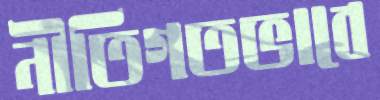
নীতিগতভাবে